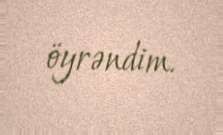
öyrəndim.